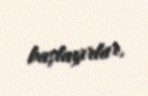
başlayırlar.